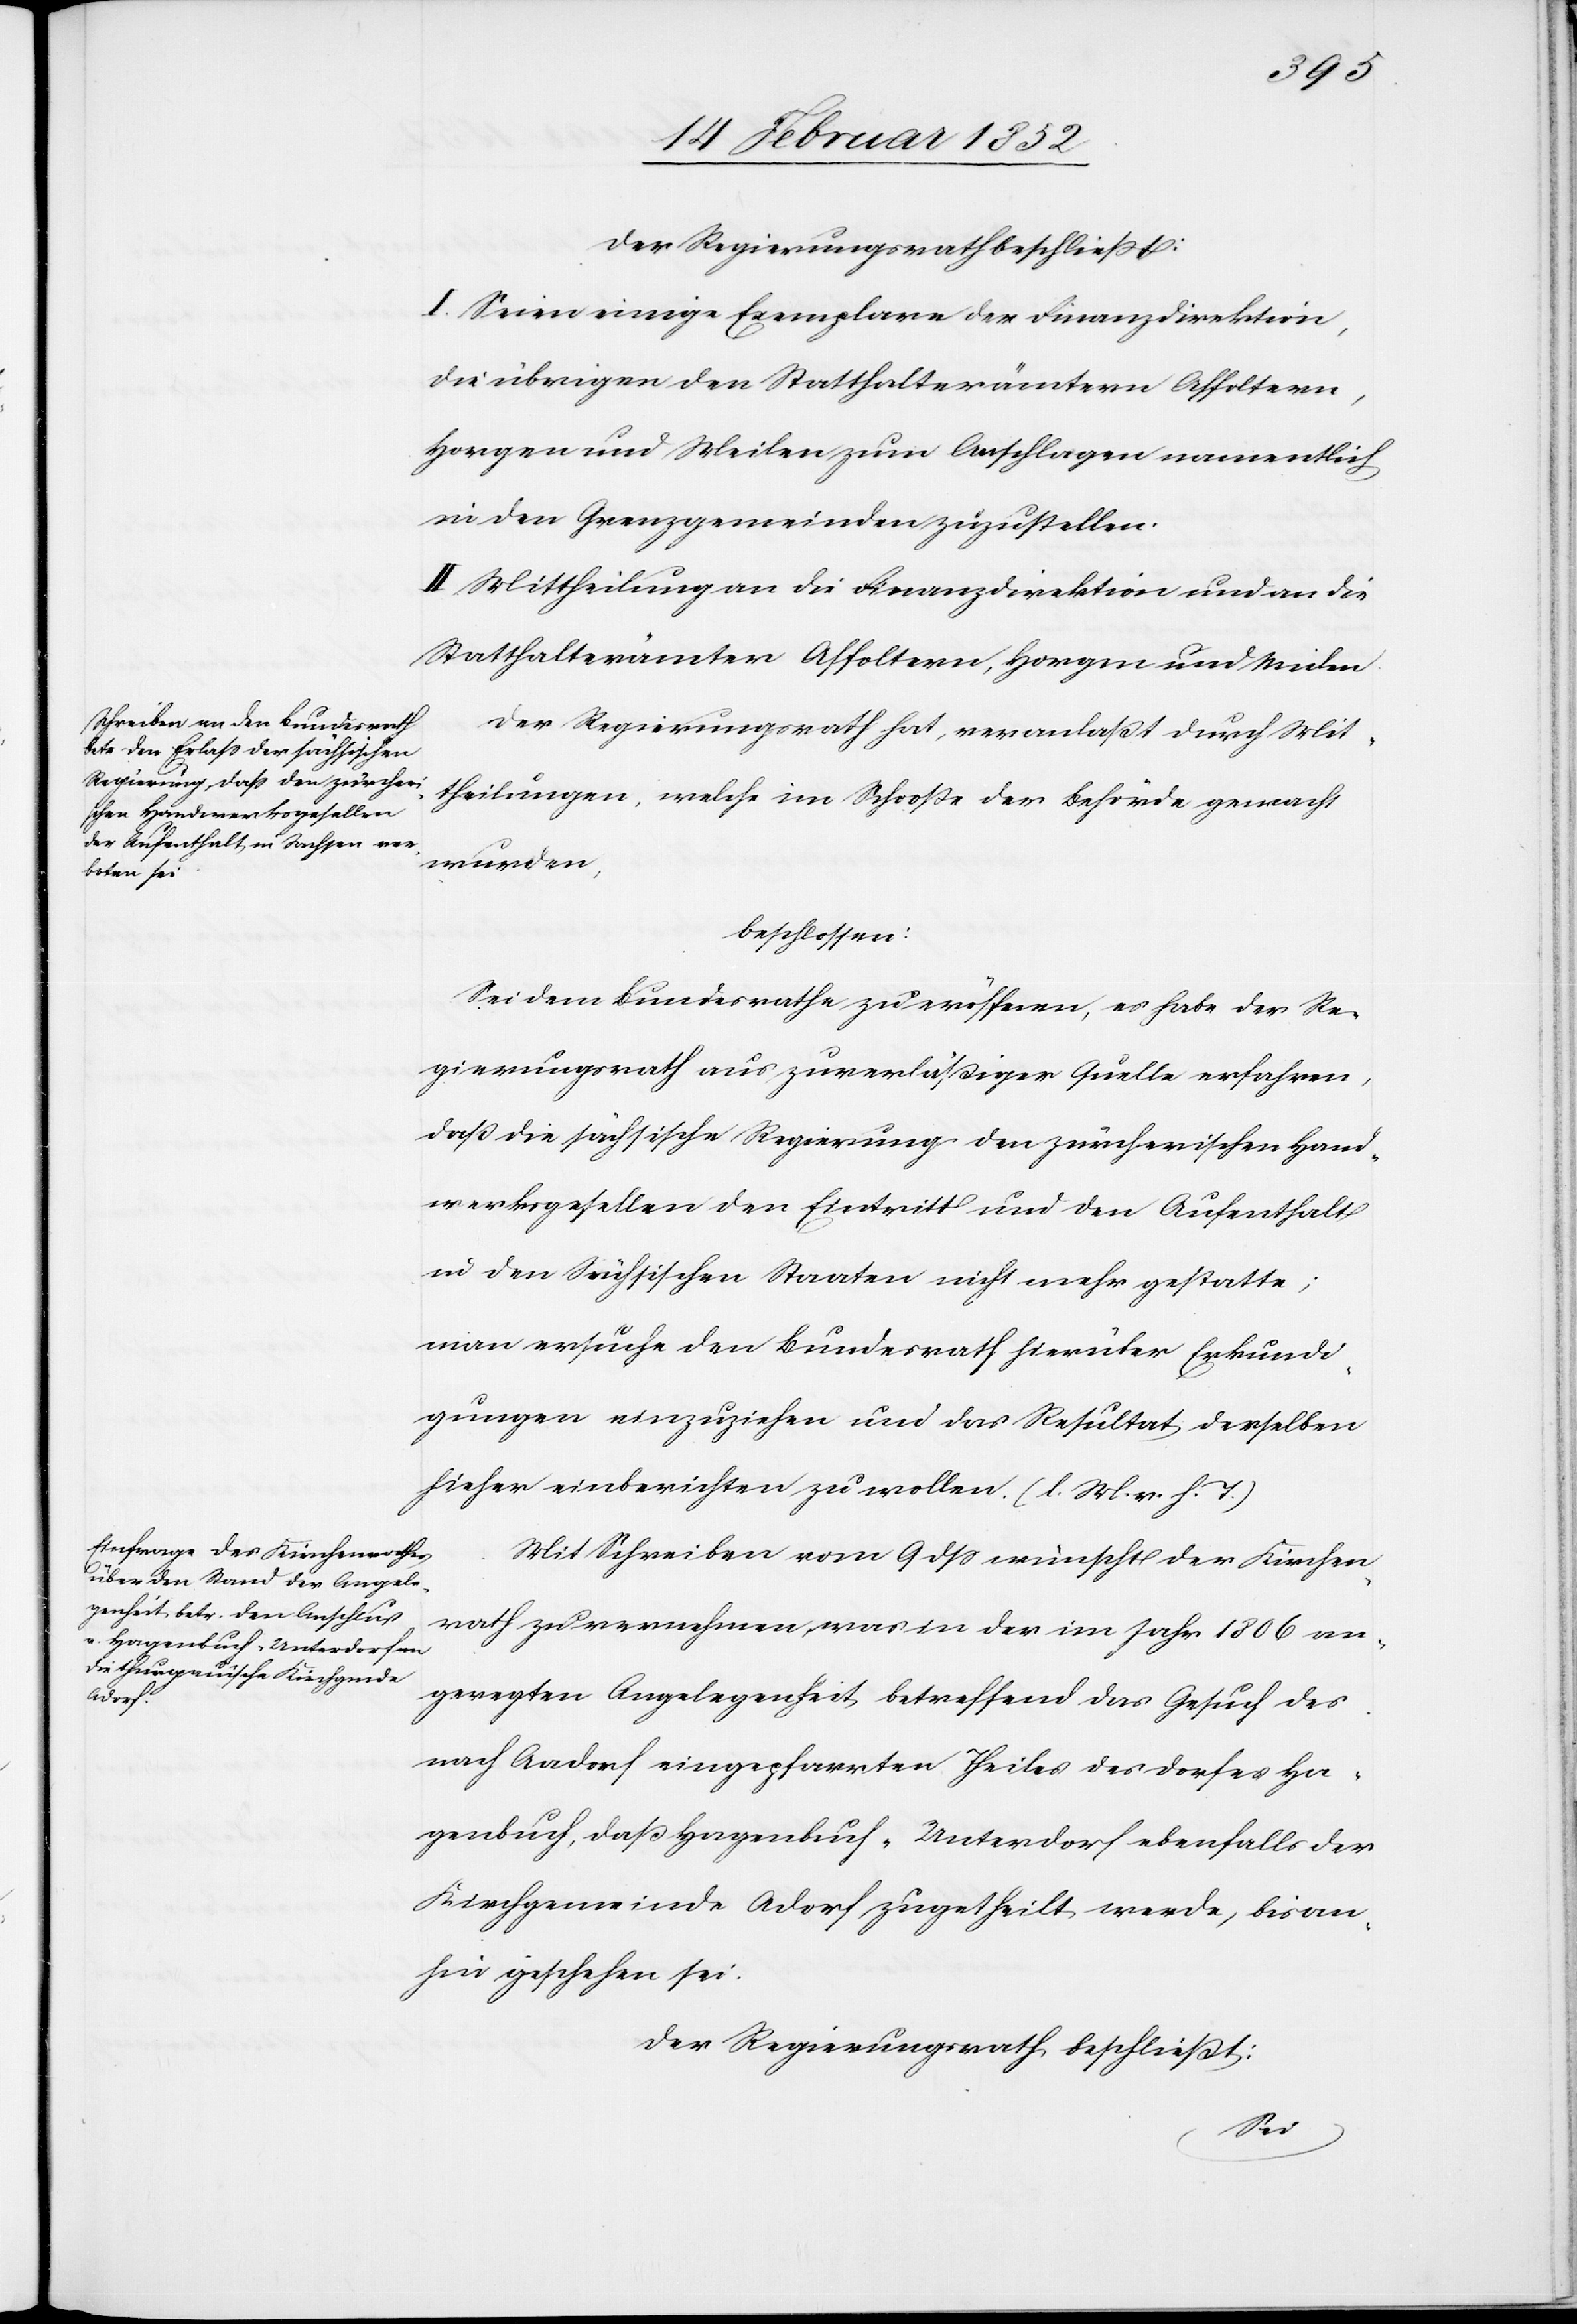
Der Regierungsrath beschließt:
I. Seien einige Exemplare der Finanzdirektion,
die übrigen den Statthalterämtern Affoltern,
Horgen und Meilen zum Aufschlagen namentlich
in den Grenzgemeinden zuzustellen.
II. Mittheilungen an die Finanzdirektion und an die
Statthalterämter Affoltern, Horgen und Meilen.
Der Regierungsrath hat, veranlaßt durch Mit¬
theilungen, welche im Schoße der Behörde gemacht
wurden,
beschlossen:
Bei dem Bundesrathe zu eröffnen, es habe der Re¬
gierungsrath aus zuverläßiger Quelle erfahren,
daß die sächsische Regierung den zürcherischen Hand¬
werksgesellen den Eintritt und den Aufenthalt
in den Sächsischen Staaten nicht mehr gestatte;
man ersuche den Bundesrath hierüber Erkundi¬
gungen einzuziehen und das Resultat derselben
hieher einberichten zu wollen. (l. M. v. h. T.)
Mit Schreiben vom 9 dß wünscht der Kirchen¬
rath zu vernehmen, was in der im Jahr 1806 an¬
geregte Angelegenheit betreffend das Gesuch des
nach Aadorf eingepfarrten Theiles des Dorfes Ha¬
genbuch, daß Hagenbuch-Unterdorf ebenfalls der
Kirchgemeinde Adorf zugetheilt werde, bisan¬
hin geschehen sei.